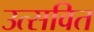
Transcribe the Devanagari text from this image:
उत्सवित